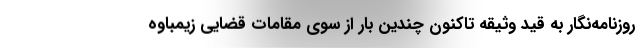
روزنامه‌نگار به قید وثیقه تاکنون چندین بار از سوی مقامات قضایی زیمباوه